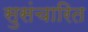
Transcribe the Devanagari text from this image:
सुसंचारित